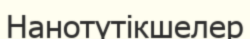
Нанотүтікшелер